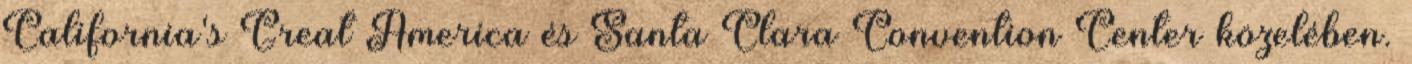
California's Great America és Santa Clara Convention Center közelében.